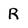
Character: R